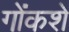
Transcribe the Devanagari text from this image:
गोंकशे